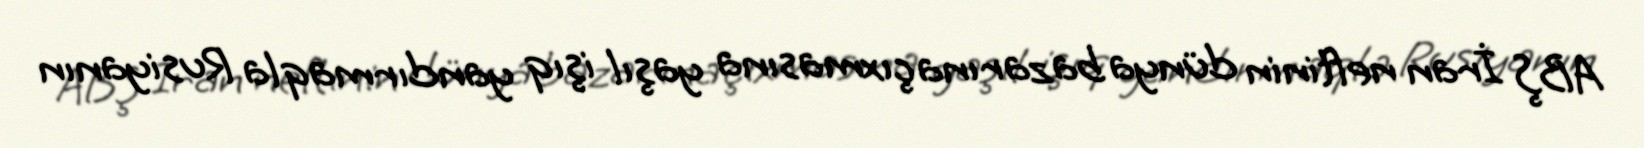
ABŞ İran neftinin dünya bazarına çıxmasına yaşıl işıq yandırmaqla Rusiyanın